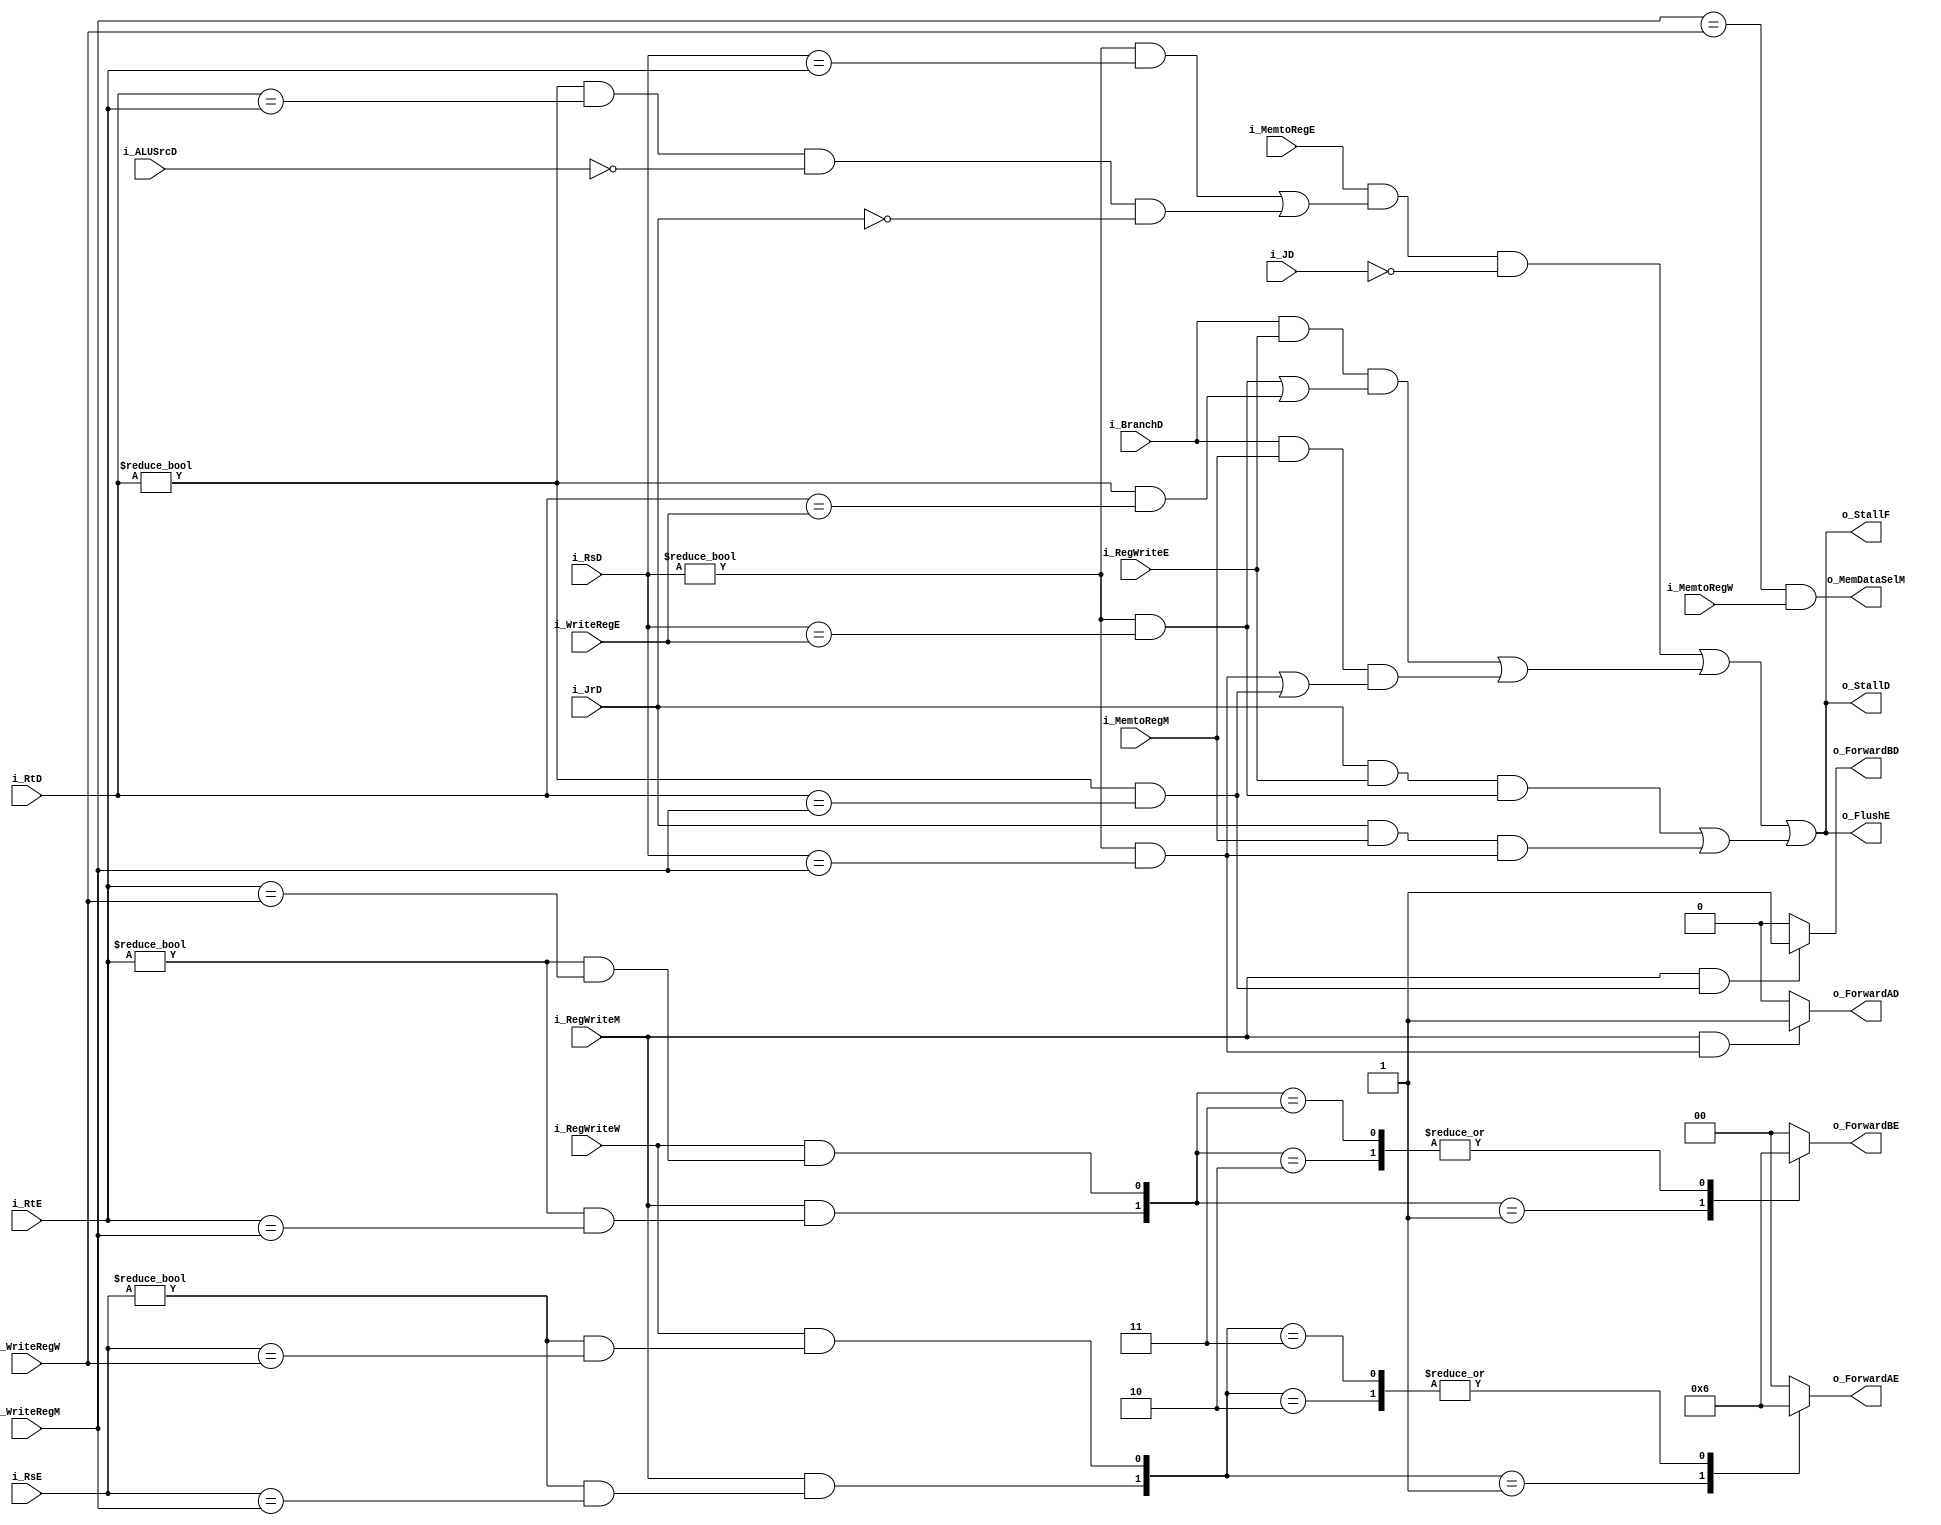
module Hazard_unit #(
parameter RF_ADDR_WIDTH = 5
)(
//control unit outputs
input	wire						i_BranchD,   //from control unit : BranchD = 1 in case of a bltz,beq,bne,blez or bgtz instr
//pipeline registers
input	wire	[RF_ADDR_WIDTH-1:0]	i_RsD,
input	wire	[RF_ADDR_WIDTH-1:0]	i_RtD,
input	wire	[RF_ADDR_WIDTH-1:0]	i_RsE,
input	wire	[RF_ADDR_WIDTH-1:0]	i_RtE,
input	wire	[RF_ADDR_WIDTH-1:0]	i_WriteRegE,
input	wire	[RF_ADDR_WIDTH-1:0]	i_WriteRegM, 
input	wire	[RF_ADDR_WIDTH-1:0]	i_WriteRegW,
//pipeline control signals
input	wire						i_RegWriteE, 
input	wire						i_RegWriteM, 
input	wire						i_RegWriteW,
input	wire						i_MemtoRegE, 
input	wire						i_MemtoRegM,
input	wire						i_MemtoRegW,
//hazard control outputs
output	wire						o_MemDataSelM,  //to memory stage
output	wire						o_StallF,
output	wire						o_StallD,
output	reg							o_ForwardAD,   //mux selectors for sources to be compared, i case it is a branch instr
output	reg							o_ForwardBD,   //mux selectors for sources to be compared, i case it is a branch instr
output	wire						o_FlushE,
output	reg		[1:0]				o_ForwardAE,   //mux selectors for ALU sources
output	reg		[1:0]				o_ForwardBE,   //mux selectors for ALU sources
input	wire						i_JrD,                  //from control unit : i_JrD = 1 in case of a JR OR a JALR
input	wire						i_JD,				      //from control unit : i_JD = 1 in case of a J OR a JAL
input	wire						i_ALUSrcD
);

//internal control signals
wire lwstall, branchstall, jrstall;
wire lwstall_cond, branchstall_cond1, branchstall_cond2, forward_cond_Rs_M, forward_cond_Rs_W, forward_cond_Rt_M, forward_cond_Rt_W, branch_forward_cond_Rs, branch_forward_cond_Rt, jrstall_cond1, jrstall_cond2, lw_forward_cond;
wire [1:0] forward_cond_Rs, forward_cond_Rt;


//forwarding logic -- >> no branch
always @(*)begin
//Rs
	case(forward_cond_Rs)
		'b01:	begin
					o_ForwardAE = 'd1;  //ResultW
				end
				
		'b10:	begin
					o_ForwardAE = 'd2;  //ALUOutM
				end
				
		'b11:	begin
					o_ForwardAE = 'd2; /////////////////////////////////////////review
				end				

		default:begin
					o_ForwardAE = 'd0;
				end							
	endcase
	
//Rt
	case(forward_cond_Rt)
		'b01:	begin
					o_ForwardBE = 'd1;  //ResultW
				end
				
		'b10:	begin
					o_ForwardBE = 'd2;  //ALUOutM
				end
				
		'b11:	begin
					o_ForwardBE = 'd2; /////////////////////////////////////////review
				end				

		default:begin
					o_ForwardBE = 'd0;
				end							
	endcase	
	
end



//forwardig logic in case it is a branch instruction
always @(*)begin
//Rs
	if(branch_forward_cond_Rs)begin
		o_ForwardAD = 'd1;
	end
	else begin
		o_ForwardAD = 'd0;
	end
	
//Rt
	if(branch_forward_cond_Rt)begin
		o_ForwardBD = 'd1;
	end
	else begin
		o_ForwardBD = 'd0;
	end	
end


//stall consitions
assign lwstall_cond  = (i_MemtoRegE && (((i_RsD != 'd0) && (i_RsD == i_RtE)) || ((i_RtD != 'd0) && (i_RtD == i_RtE) && !i_ALUSrcD && !(i_JrD))) ) && !(i_JD);   //JR conditio most likely not needed
assign branchstall_cond1  = i_BranchD && i_RegWriteE && (((i_RsD != 'd0) && (i_RsD == i_WriteRegE)) || ((i_RtD != 'd0) && (i_RtD == i_WriteRegE)));
assign branchstall_cond2  = i_BranchD && i_MemtoRegM && (((i_RsD != 'd0) && (i_RsD == i_WriteRegM)) || ((i_RtD != 'd0) && (i_RtD == i_WriteRegM)));
assign jrstall_cond1 = (i_JrD) && i_RegWriteE && ((i_RsD != 'd0) && (i_RsD == i_WriteRegE)) ;
assign jrstall_cond2 = (i_JrD) && i_MemtoRegM && ((i_RsD != 'd0) && (i_RsD == i_WriteRegM));

 
//forwarding conditions
assign forward_cond_Rs = {forward_cond_Rs_M,forward_cond_Rs_W};
assign forward_cond_Rt = {forward_cond_Rt_M,forward_cond_Rt_W};
assign forward_cond_Rs_M = i_RegWriteM && ((i_RsE != 'd0) && (i_RsE == i_WriteRegM))  ;
assign forward_cond_Rt_M = i_RegWriteM && ((i_RtE != 'd0) && (i_RtE == i_WriteRegM));
assign forward_cond_Rs_W = i_RegWriteW && ((i_RsE != 'd0) && (i_RsE == i_WriteRegW)) ;
assign forward_cond_Rt_W = i_RegWriteW && ((i_RtE != 'd0) && (i_RtE == i_WriteRegW));
assign branch_forward_cond_Rs = i_RegWriteM && ((i_RsD != 'd0) && (i_RsD == i_WriteRegM));
assign branch_forward_cond_Rt = i_RegWriteM && ((i_RtD != 'd0) && (i_RtD == i_WriteRegM));
assign lw_forward_cond = (i_WriteRegM == i_WriteRegW) && i_MemtoRegW;   // a load followed by a store


//memory data source selector
assign o_MemDataSelM = lw_forward_cond;


//load stall logic
assign lwstall = lwstall_cond;


//branch stall logic
assign branchstall = branchstall_cond1 || branchstall_cond2;


// Jump register stall logic
assign jrstall = jrstall_cond1 || jrstall_cond2;


//stalling assignment
assign o_StallF = lwstall || branchstall || jrstall;
assign o_StallD = o_StallF;
assign o_FlushE = o_StallD;

endmodule